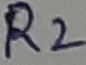
Text: R2